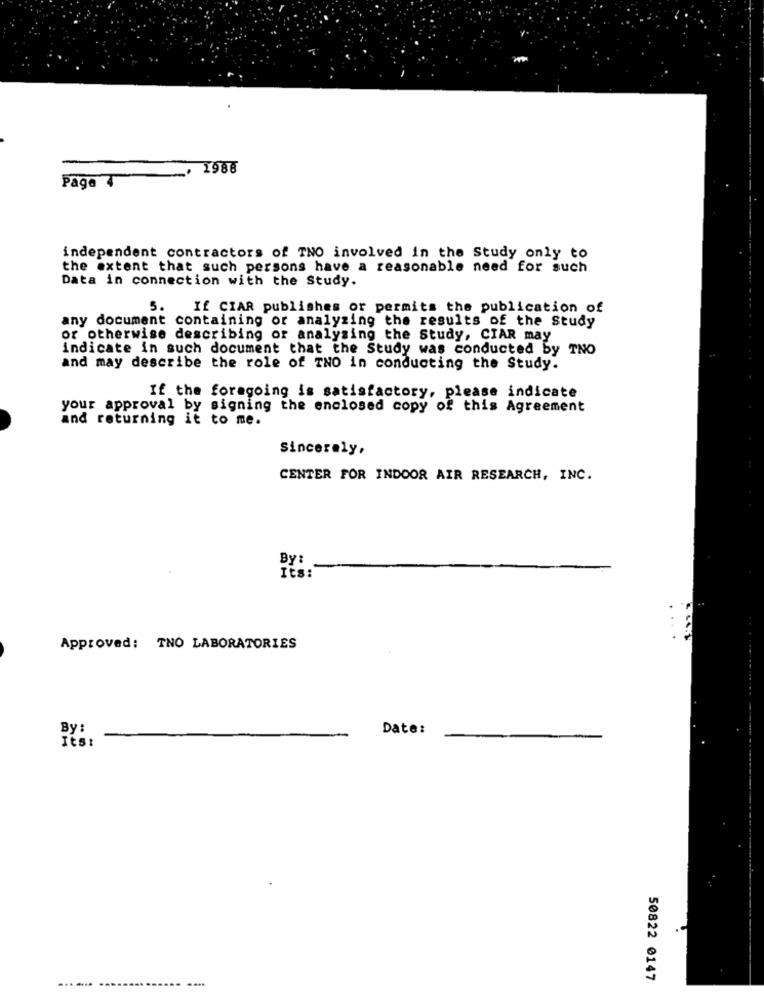
1986
Page 4
independent contractors of TNO involved in the Study only to
the extent that such persons have a reasonable need for such
Data in connection with the Study.
5.
If CIAR publishes or permits the publication of
any document containing or analyzing the results of the Study
or otherwise describing or analysing the Study, CIAR may
indicate in such document that the Study was conducted by TNO
and may describe the role of TNO in conducting the Study.
If the foragoing is satisfactory, please indicate
your approval by signing the enclosed copy of this Agreement
and returning it to me.
Sincerely,
CENTER FOR INDOOR AIR RESEARCH, INC.
By:
Its:
Approved: TNO LABORATORIES
By:
Date:
Its:
50822 0147